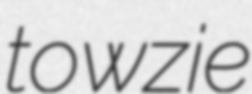
towzie